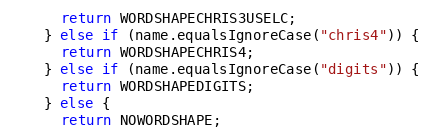
Language: Java
      return WORDSHAPECHRIS3USELC;
    } else if (name.equalsIgnoreCase("chris4")) {
      return WORDSHAPECHRIS4;
    } else if (name.equalsIgnoreCase("digits")) {
      return WORDSHAPEDIGITS;
    } else {
      return NOWORDSHAPE;